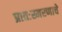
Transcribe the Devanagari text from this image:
प्रातःस्मरणाचे